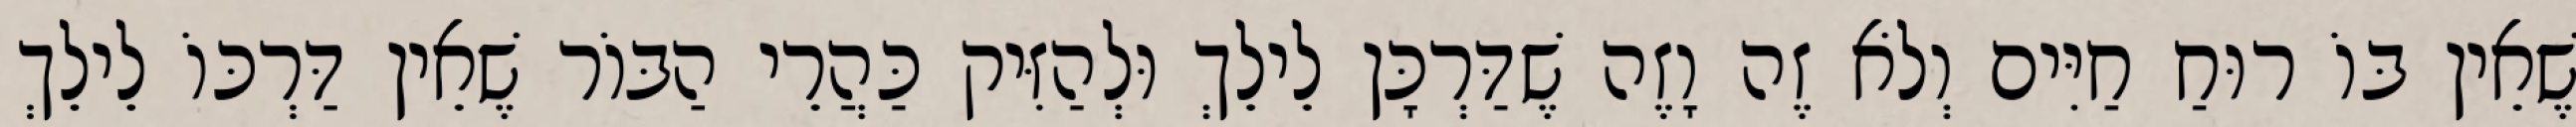
שֶׁאֵין בּוֹ רוּחַ חַיִּים וְלֹא זֶה וָזֶה שֶׁדַּרְכָּן לֵילֵךְ וּלְהַזִּיק כַּהֲרֵי הַבּוֹר שֶׁאֵין דַּרְכּוֹ לֵילֵךְ